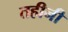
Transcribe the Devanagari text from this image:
तहीनी